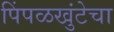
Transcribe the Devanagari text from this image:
पिंपळखुंटेचा